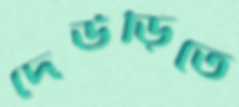
দেউড়িতে